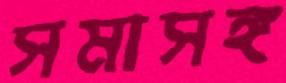
সমাসঙ্গ